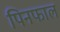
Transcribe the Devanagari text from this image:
पिनफाल